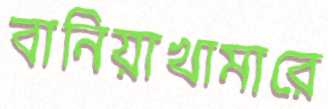
বানিয়াখামারে